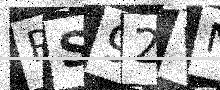
Text: RS92VN